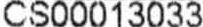
CS00013033